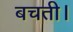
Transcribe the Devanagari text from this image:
बचती।